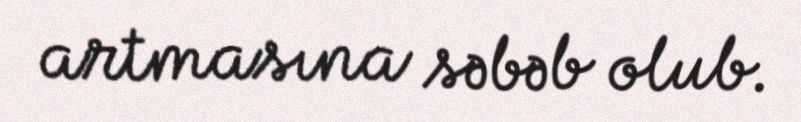
artmasına səbəb olub.